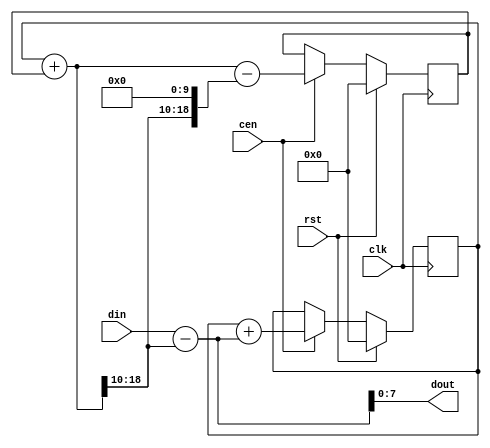
/*  This file is part of JT49.

    JT49 is free software: you can redistribute it and/or modify
    it under the terms of the GNU General Public License as published by
    the Free Software Foundation, either version 3 of the License, or
    (at your option) any later version.

    JT49 is distributed in the hope that it will be useful,
    but WITHOUT ANY WARRANTY; without even the implied warranty of
    MERCHANTABILITY or FITNESS FOR A PARTICULAR PURPOSE.  See the
    GNU General Public License for more details.

    You should have received a copy of the GNU General Public License
    along with JT49.  If not, see <http://www.gnu.org/licenses/>.
    
    Author: Jose Tejada Gomez. Twitter: @topapate
    Version: 1.0
    Date: 15-Jan-2019
    
    */

// DC removal filter
// input is unsigned
// output is signed

module jt49_dcrm2 #(parameter sw=8) (
    input                clk,
    input                cen,
    input                rst,
    input         [sw-1:0]  din,
    output signed [sw-1:0]  dout
);

localparam dw=10; // width of the decimal portion

reg  signed [sw+dw:0] integ, exact, error;
//reg  signed [2*(9+dw)-1:0] mult;
// wire signed [sw+dw:0] plus1 = { {sw+dw{1'b0}},1'b1};
reg  signed [sw:0] pre_dout;
// reg signed [sw+dw:0] dout_ext;
reg signed [sw:0] q;

always @(*) begin
    exact = integ+error;
    q = exact[sw+dw:dw];
    pre_dout  = { 1'b0, din } - q;
    //dout_ext = { pre_dout, {dw{1'b0}} };    
    //mult  = dout_ext;
end

assign dout = pre_dout[sw-1:0];

always @(posedge clk)
    if( rst ) begin
        integ <= {sw+dw+1{1'b0}};
        error <= {sw+dw+1{1'b0}};
    end else if( cen ) begin
        /* verilator lint_off WIDTH */
        integ <= integ + pre_dout; //mult[sw+dw*2:dw];
        /* verilator lint_on WIDTH */
        error <= exact-{q, {dw{1'b0}}};
    end

endmodule